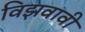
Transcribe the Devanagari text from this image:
विझवावी